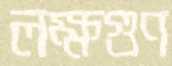
লক্ষগুণ